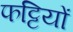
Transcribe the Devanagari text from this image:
फट्टियों